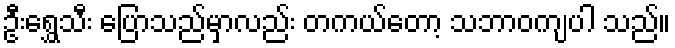
ဦးရွှေသီး ပြောသည်မှာလည်း တကယ်တော့ သဘာဝကျပါ သည်။